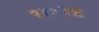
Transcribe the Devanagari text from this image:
७४०२अ